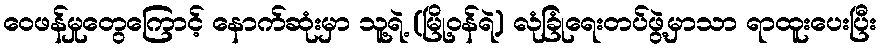
ဝေဖန်မှုတွေကြောင့် နောက်ဆုံးမှာ သူ့ရဲ့ (မြို့ဝန်ရဲ့) လုံခြုံရေးတပ်ဖွဲ့မှာသာ ရာထူးပေးပြီး